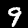
Digit: 9